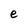
Character: e